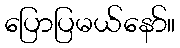
ပြောပြမယ်နော်။